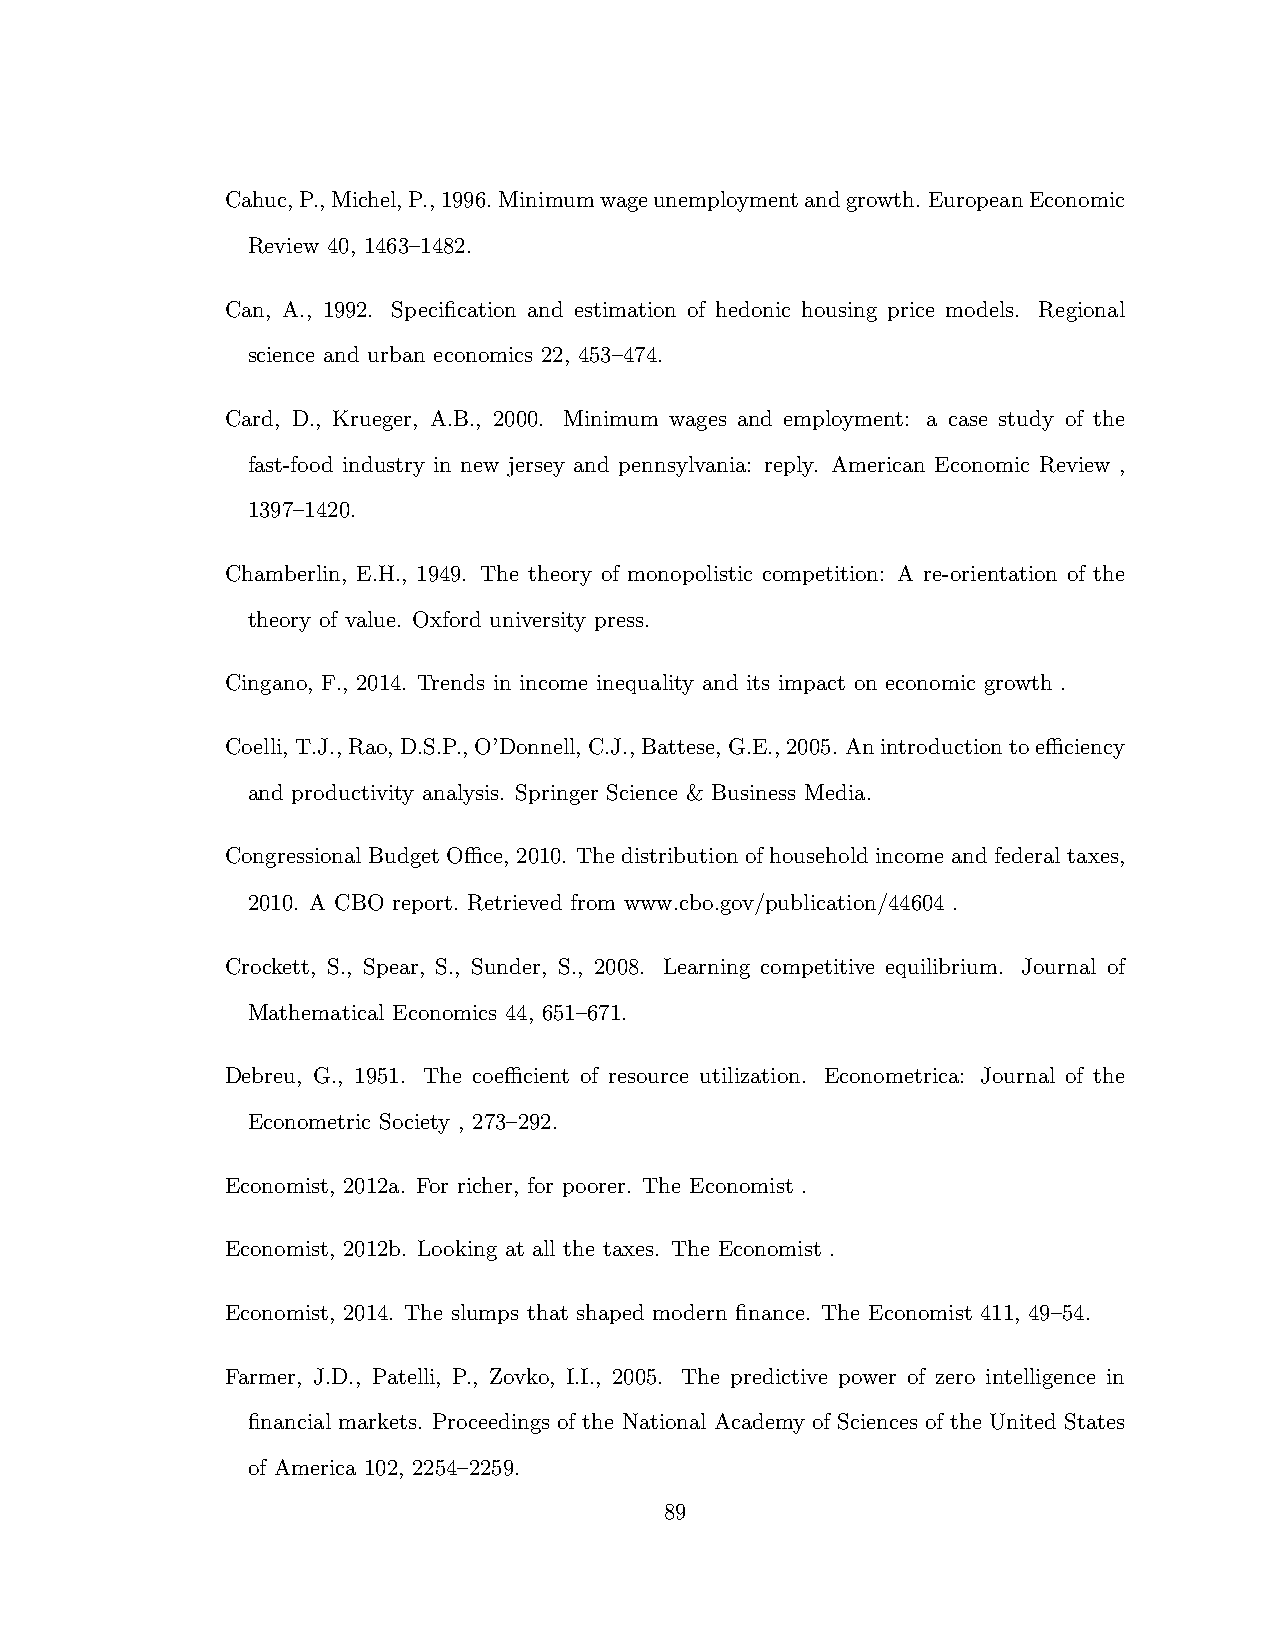
Cahuc,P.,Michel,P.,1996.Minimumwageunemploymentandgrowth.EuropeanEconomic
 Review 40, 1463–1482.
 Can, A., 1992. Specification and estimation of hedonic housing price models. Regional
 science and urban economics 22, 453–474.
 Card, D., Krueger, A.B., 2000. Minimum wages and employment: a case study of the
 fast-food industry in new jersey and pennsylvania: reply. American Economic Review ,
 1397–1420.
 Chamberlin, E.H., 1949. The theory of monopolistic competition: A re-orientation of the
 theory of value. Oxford university press.
 Cingano, F., 2014. Trends in income inequality and its impact on economic growth .
 Coelli,T.J.,Rao,D.S.P.,O’Donnell,C.J.,Battese,G.E.,2005. Anintroductiontoeciency
 and productivity analysis. Springer Science & Business Media.
 Congressional Budget Oce, 2010. The distribution of household income and federal taxes,
 2010. A CBO report. Retrieved from www.cbo.gov/publication/44604 .
 Crockett, S., Spear, S., Sunder, S., 2008. Learning competitive equilibrium. Journal of
 Mathematical Economics 44, 651–671.
 Debreu, G., 1951. The coecient of resource utilization. Econometrica: Journal of the
 Econometric Society , 273–292.
 Economist, 2012a. For richer, for poorer. The Economist .
 Economist, 2012b. Looking at all the taxes. The Economist .
 Economist, 2014. The slumps that shaped modern finance. The Economist 411, 49–54.
 Farmer, J.D., Patelli, P., Zovko, I.I., 2005. The predictive power of zero intelligence in
 financial markets. Proceedings of the National Academy of Sciences of the United States
 of America 102, 2254–2259.
 89